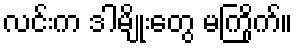
လင်းက ဒါမျိုးတွေ မကြိုက်။